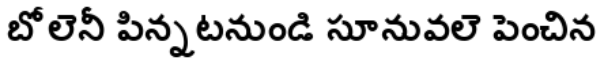
బోలెనీ పిన్నటనుండి సూనువలె పెంచిన